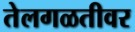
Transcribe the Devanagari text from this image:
तेलगळतीवर